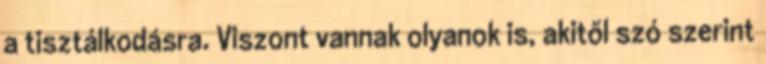
a tisztálkodásra. Viszont vannak olyanok is, akitől szó szerint